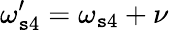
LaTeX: \omega_{\mathtt{s}4}^{\prime}=\omega_{\mathtt{s}4}+\nu